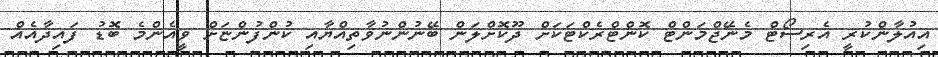
އިއުލާންކުރީ އެރިސޯޓް މެނޭޖްމަންޓް ކޮންޓްރެކްޓަކަށް ދޫކޮށްލަން ބޭނުންނުވާތިއްޔާއި ކުންފުންޏަށް ވީއެންމެ ބޮޑު ފައިދާއެއް